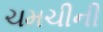
ચમચીની